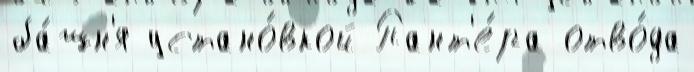
ба́шн'я устано́вкой Пант'е́ра отво́да